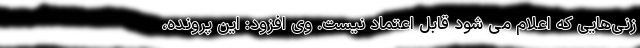
زنی‌هایی که اعلام می شود قابل اعتماد نیست. وی افزود: این پرونده،